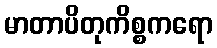
မာတာပိတုကိစ္စကရော